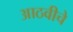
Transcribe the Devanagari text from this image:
आठवीचे